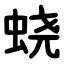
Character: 蛲